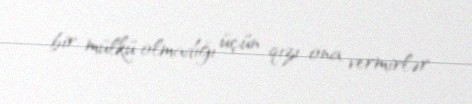
bir mülkü olmadığı üçün qızı ona vermirlər.